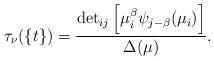
LaTeX: \begin{align*}\tau_\nu(\{t\})=\frac{{{\det}_{ij}\left[\mu_i^\beta\psi_{j-\beta}(\mu_i)\right]}}{\Delta (\mu)}.\end{align*}